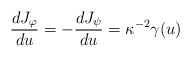
\begin{align*}{{dJ_\varphi} \over {du}} = - {{dJ_\psi} \over {du}} = \kappa^{-2}\gamma(u)\end{align*}